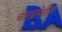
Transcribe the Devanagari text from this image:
चान्द्रसेनीय